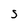
Character: S